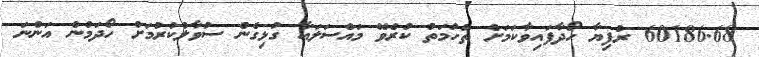
60186.68 ރުފިޔާ ހޯދާފައިވާކަމަށް ތުހުމަތު ކުރެވޭ މައްސަލައާ ގުޅިގެން ސުވާލުކުރުމަށް ހޯދަމުން އަންނަ